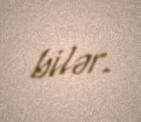
bilər.